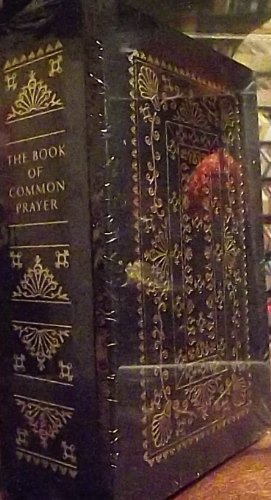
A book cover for The 1717 Book of Common Prayer (Reproduction Edition); The Chruch of England; Christian Books & Bibles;